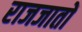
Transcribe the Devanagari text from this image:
राजजातों